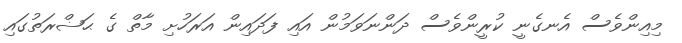
މިއިންވެސް އެނގެނީ ކުރީންވެސް ދަންނަވަމުން އައި ފަދައިން އަރަހުށި މާތް ގެ ޙަޟްރަތުގައި